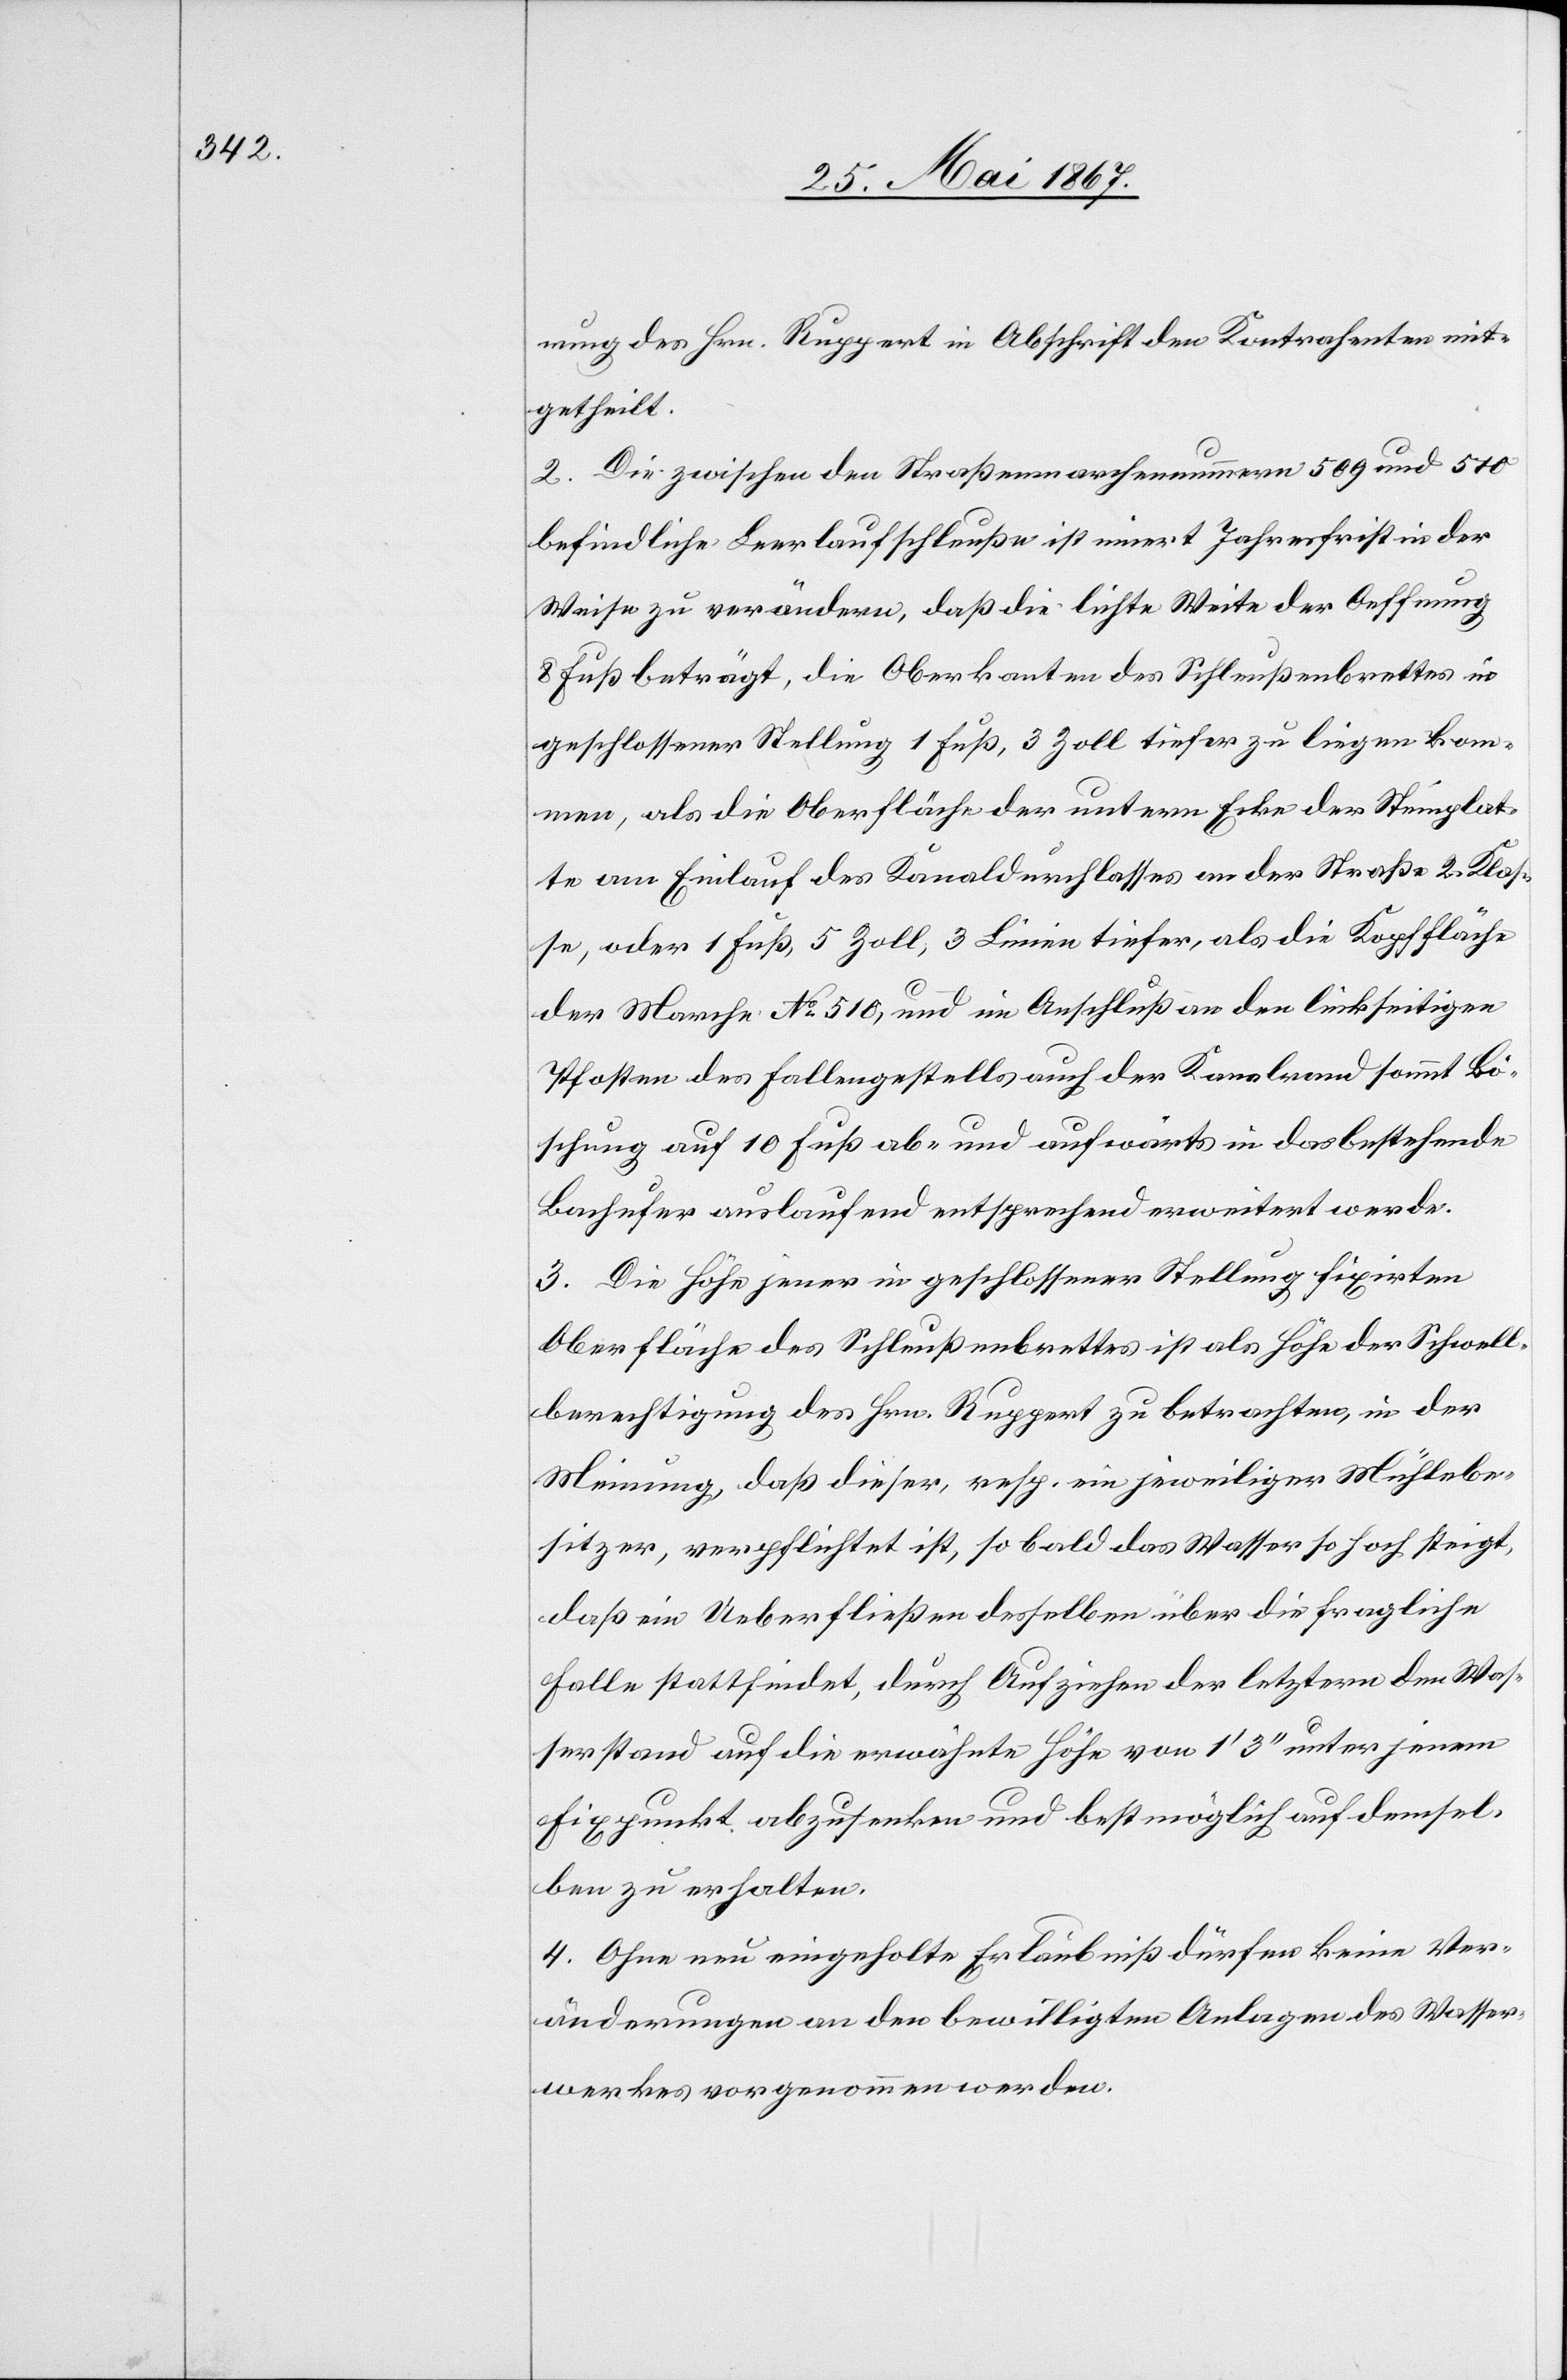
nung des Hrn. Ruppert in Abschrift den Kontrahenten mit¬
getheilt.
2. Die zwischen den Straßenmarchennummern 509 und 510
befindliche Leerlaufschleuße ist innert Jahresfrist in der
Weise zu verändern, daß die lichte Weite der Oeffnung
8 Fuß beträgt, die Oberkanten des Schleußenbrettes in
geschlossener Stellung 1 Fuß, 3 Zoll tiefer zu liegen kom¬
men, als die Oberfläche der untern Ecke der Steinplat¬
te am Einlauf des Kanaldurchlasses an der Straße 2. Klas¬
se, oder 1 Fuß, 5 Zoll, 3 Linien tiefer, als die Kopffläche
der Marche No. 510, und im Anschluß an den linkseitigen
Pfosten des Fallengestells auch der Kanalrand sammt Bö¬
schung auf 10 Fuß ab- und aufwärts in das bestehende
Bachufer auslaufend entsprechend erweitert werde.
3. Die Höhe jener in geschlossener Stellung fixirten
Oberfläche des Schleußenbrettes ist als Höhe der Schwell¬
berechtigung des Hrn. Ruppert zu betrachten, in der
Meinung, daß dieser, resp. ein jeweiliger Mühlebe¬
sitzer, verpflichtet ist, so bald das Wasser so hoch steigt,
daß ein Ueberfließen desselben über die fragliche
Falle stattfindet, durch Aufziehen der letztern dem Was¬
serstand auf die erwähnte Höhe von 1’ 3’’ unter jenen
Fixpunkt abzusenken und bestmöglich auf demsel¬
ben zu erhalten.
4. Ohne neu eingeholte Erlaubniß dürfen keine Ver¬
änderungen an den bewilligten Anlagen des Wasser¬
werkes vorgenommen werden.